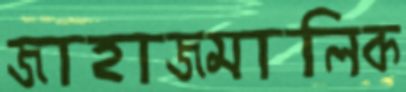
জাহাজমালিক